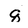
Character: q